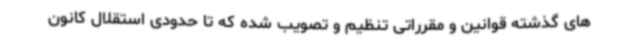
های گذشته قوانین و مقرراتی تنظیم و تصویب شده که تا حدودی استقلال کانون